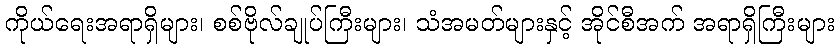
ကိုယ်ရေးအရာရှိများ၊ စစ်ဗိုလ်ချုပ်ကြီးများ၊ သံအမတ်များနှင့် အိုင်စီအက် အရာရှိကြီးများ